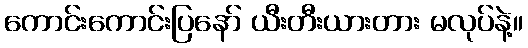
ကောင်းကောင်းပြနော် ယီးတီးယားတား မလုပ်နဲ့။